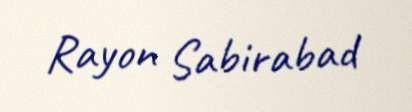
Rayon Sabirabad